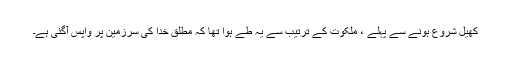
کھیل شروع ہونے سے پہلے ، ملکوت کے ترتیب سے یہ طے ہوا تھا کہ مطلق خدا کی سرزمین پر واپس آگئی ہے۔